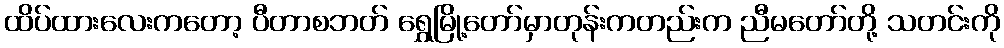
ထိပ်ထားလေးကတော့ ပီတာစဘတ် ရွှေမြို့တော်မှာတုန်းကတည်းက ညီမတော်တို့ သတင်းကို